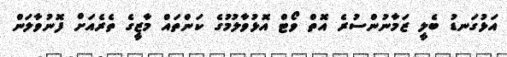
އަޅުގަނޑު ބެލީ ޒަމާނުންސުރެ އޮތް ވޯޓް އޮޅުވާލުމުގެ ކަންތައް މާޒީގެ ތެރެއަށް ފޮނުވާލަން